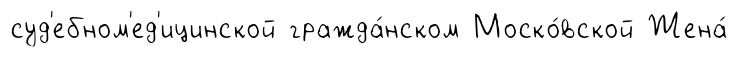
суд'ебном'ед'ицинской гражда́нском Моско́вской Жена́